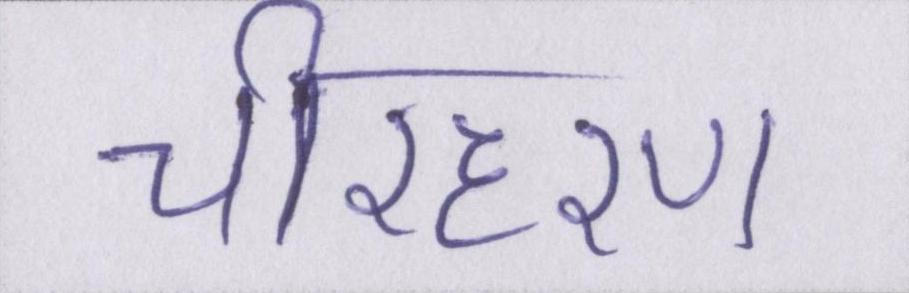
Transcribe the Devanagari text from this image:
चीरहरण